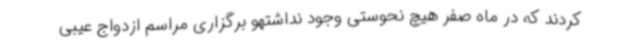
کردند که در ماه صفر هیچ نحوستی وجود نداشتهو برگزاری مراسم ازدواج عیبی